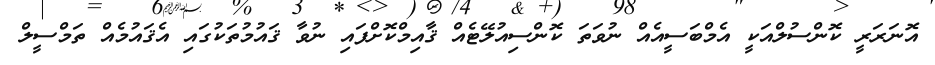
އޮނަރަރީ ކޮންސުލްއަކީ އެމްބަސީއެއް ނުވަތަ ކޮންސިއުލޭޓެއް ޤާއިމްކޮށްފައި ނުވާ ޤައުމުތަކުގައި އެޤައުމެއް ތަމްސީލް